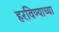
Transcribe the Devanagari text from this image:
हरविण्याच्या